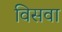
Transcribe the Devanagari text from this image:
विसवा